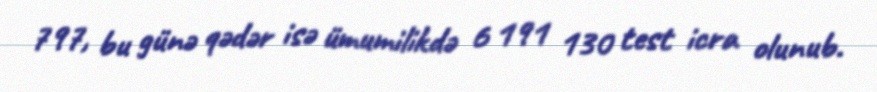
797, bu günə qədər isə ümumilikdə 6 191 130 test icra olunub.